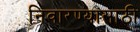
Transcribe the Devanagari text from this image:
निवारण्यासाठी